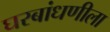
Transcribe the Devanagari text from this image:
घरबांधणीला